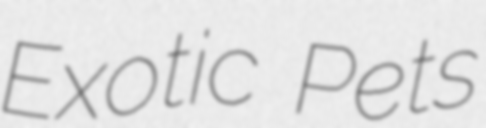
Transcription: Exotic Pets